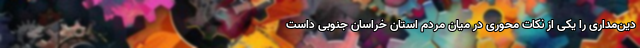
دین‌مداری را یکی از نکات محوری در میان مردم استان خراسان جنوبی داست